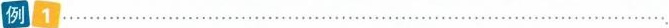
倒1…………